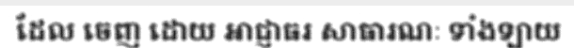
ដែល ចេញ ដោយ អាជ្ញាធរ សាធារណៈ ទាំងឡាយ